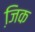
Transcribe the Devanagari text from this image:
जि़क